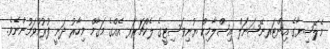
މެލޭޝިޔާގެ އިންޓަރނޭޝަނަލް އިސްލާމިކް ޔުނިވަސިޓީގެ ލެކްޗަރަރ އެއްގެ މަގާމް މިހާރު ދަނީ ފުރުއްވަމުންނެވެ.